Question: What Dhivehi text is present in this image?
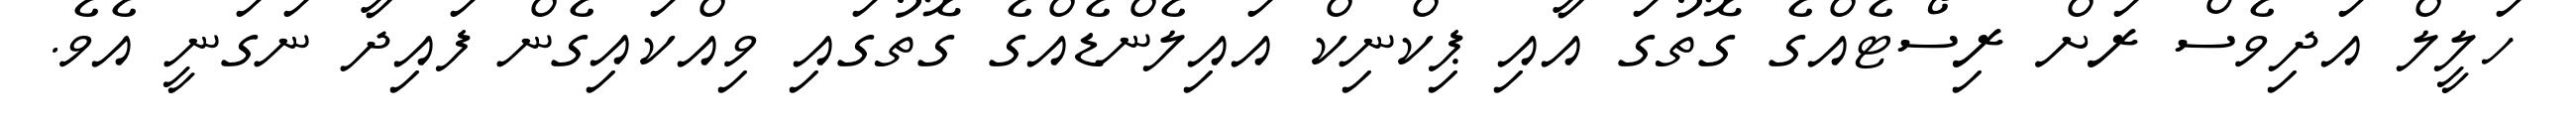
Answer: ހަލީލް އަދިވެސް ރަށް ރިސޯޓެއްގެ ގޮތުގަ އާއި ޕިކްނިކް އައިލެންޑެއްގެ ގޮތުގައި ވިއްކައިގެން ފައިދާ ނަގަނީ އެވެ.